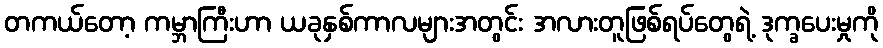
တကယ်တော့ ကမ္ဘာကြီးဟာ ယခုနှစ်ကာလများအတွင်း အလားတူဖြစ်ရပ်တွေရဲ့ ဒုက္ခပေးမှုကို